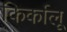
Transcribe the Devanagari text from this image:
किर्कालू